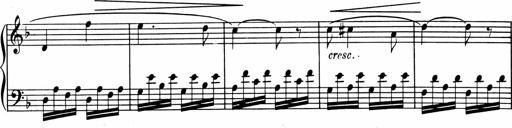
Title: 1Ã¨re Sonatine
Composer: FrÃ©dÃ©ric Binet